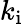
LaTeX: k_{\mathrm{i}}